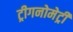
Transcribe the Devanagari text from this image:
ट्रीगनोमेट्री